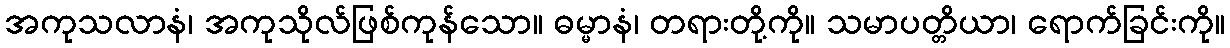
အကုသလာနံ၊ အကုသိုလ်ဖြစ်ကုန်သော။ ဓမ္မာနံ၊ တရားတို့ကို။ သမာပတ္တိယာ၊ ရောက်ခြင်းကို။